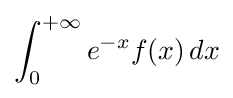
\int _{0}^{+\infty }e^{-x}f(x)\,dx